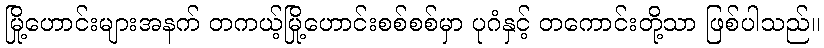
မြို့ဟောင်းများအနက် တကယ့်မြို့ဟောင်းစစ်စစ်မှာ ပုဂံနှင့် တကောင်းတို့သာ ဖြစ်ပါသည်။